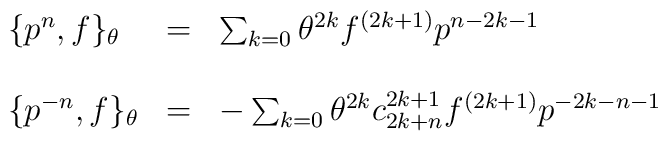
\begin{array}{lcl}\{p^{n}, f\}_{\theta} &=& \sum _{k=0} {\theta}^{2k}f^{(2k+1)}p^{n-2k-1}\\\\\{p^{-n}, f\}_{\theta} &=&-\sum _{k=0} {\theta}^{2k}c^{2k+1}_{2k+n}f^{(2k+1)}p^{-2k-n-1}\\\\\end{array}